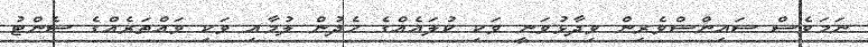
ނަމަވެސް ސައިންސްވެރިން ވިދާޅުވަނީ ވަކި ކުލައެއްގެ ހެދުން ލުމާއި ވަކި ވައްތަރެއްގެ ސެންޓު